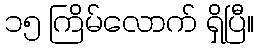
၁၅ ကြိမ်လောက် ရှိပြီ။